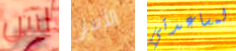
لس الأمر لمساعدتي